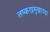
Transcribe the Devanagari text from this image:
लष्करप्रमुखाच्या